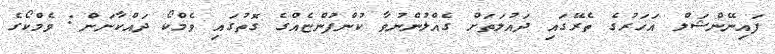
ފައިނޭންޝަލް އަހަރުގެ ތެރޭގައި ދައުލަތަށް ގެއްލުންނުވާ ކުންފުންޏެއްގެ ގޮތުގައި ވެމްކޯ ދައްކާނަން: ވެމްކޯގެ